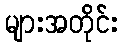
များအတိုင်း